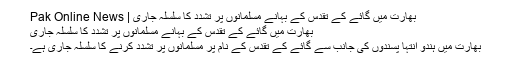
بھارت میں گائے کے تقدس کے بہانے مسلمانوں پر تشدد کا سلسلہ جاری | Pak Online News
بھارت میں گائے کے تقدس کے بہانے مسلمانوں پر تشدد کا سلسلہ جاری
بھارت میں ہندو انتہا پسندوں کی جانب سے گائے کے تقدس کے نام پر مسلمانوں پر تشدد کرنے کا سلسلہ جاری ہے۔